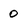
Character: 0